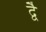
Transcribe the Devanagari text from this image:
द्वेै